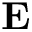
\mathbf { E }